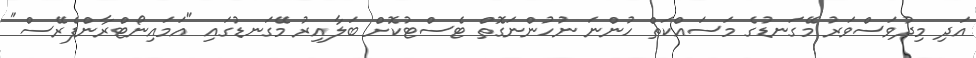
އަދި މިދުވަސްވަރު މޭގަނޑުގެ މަސައްކަތް ހުންނަ ނުހުންނަގޮތް ޓެސްޓުކޮށް ބަލާއިރު މޭގަނޑުގައި "އަމައިނޯޓްރާންފެރޭސް"